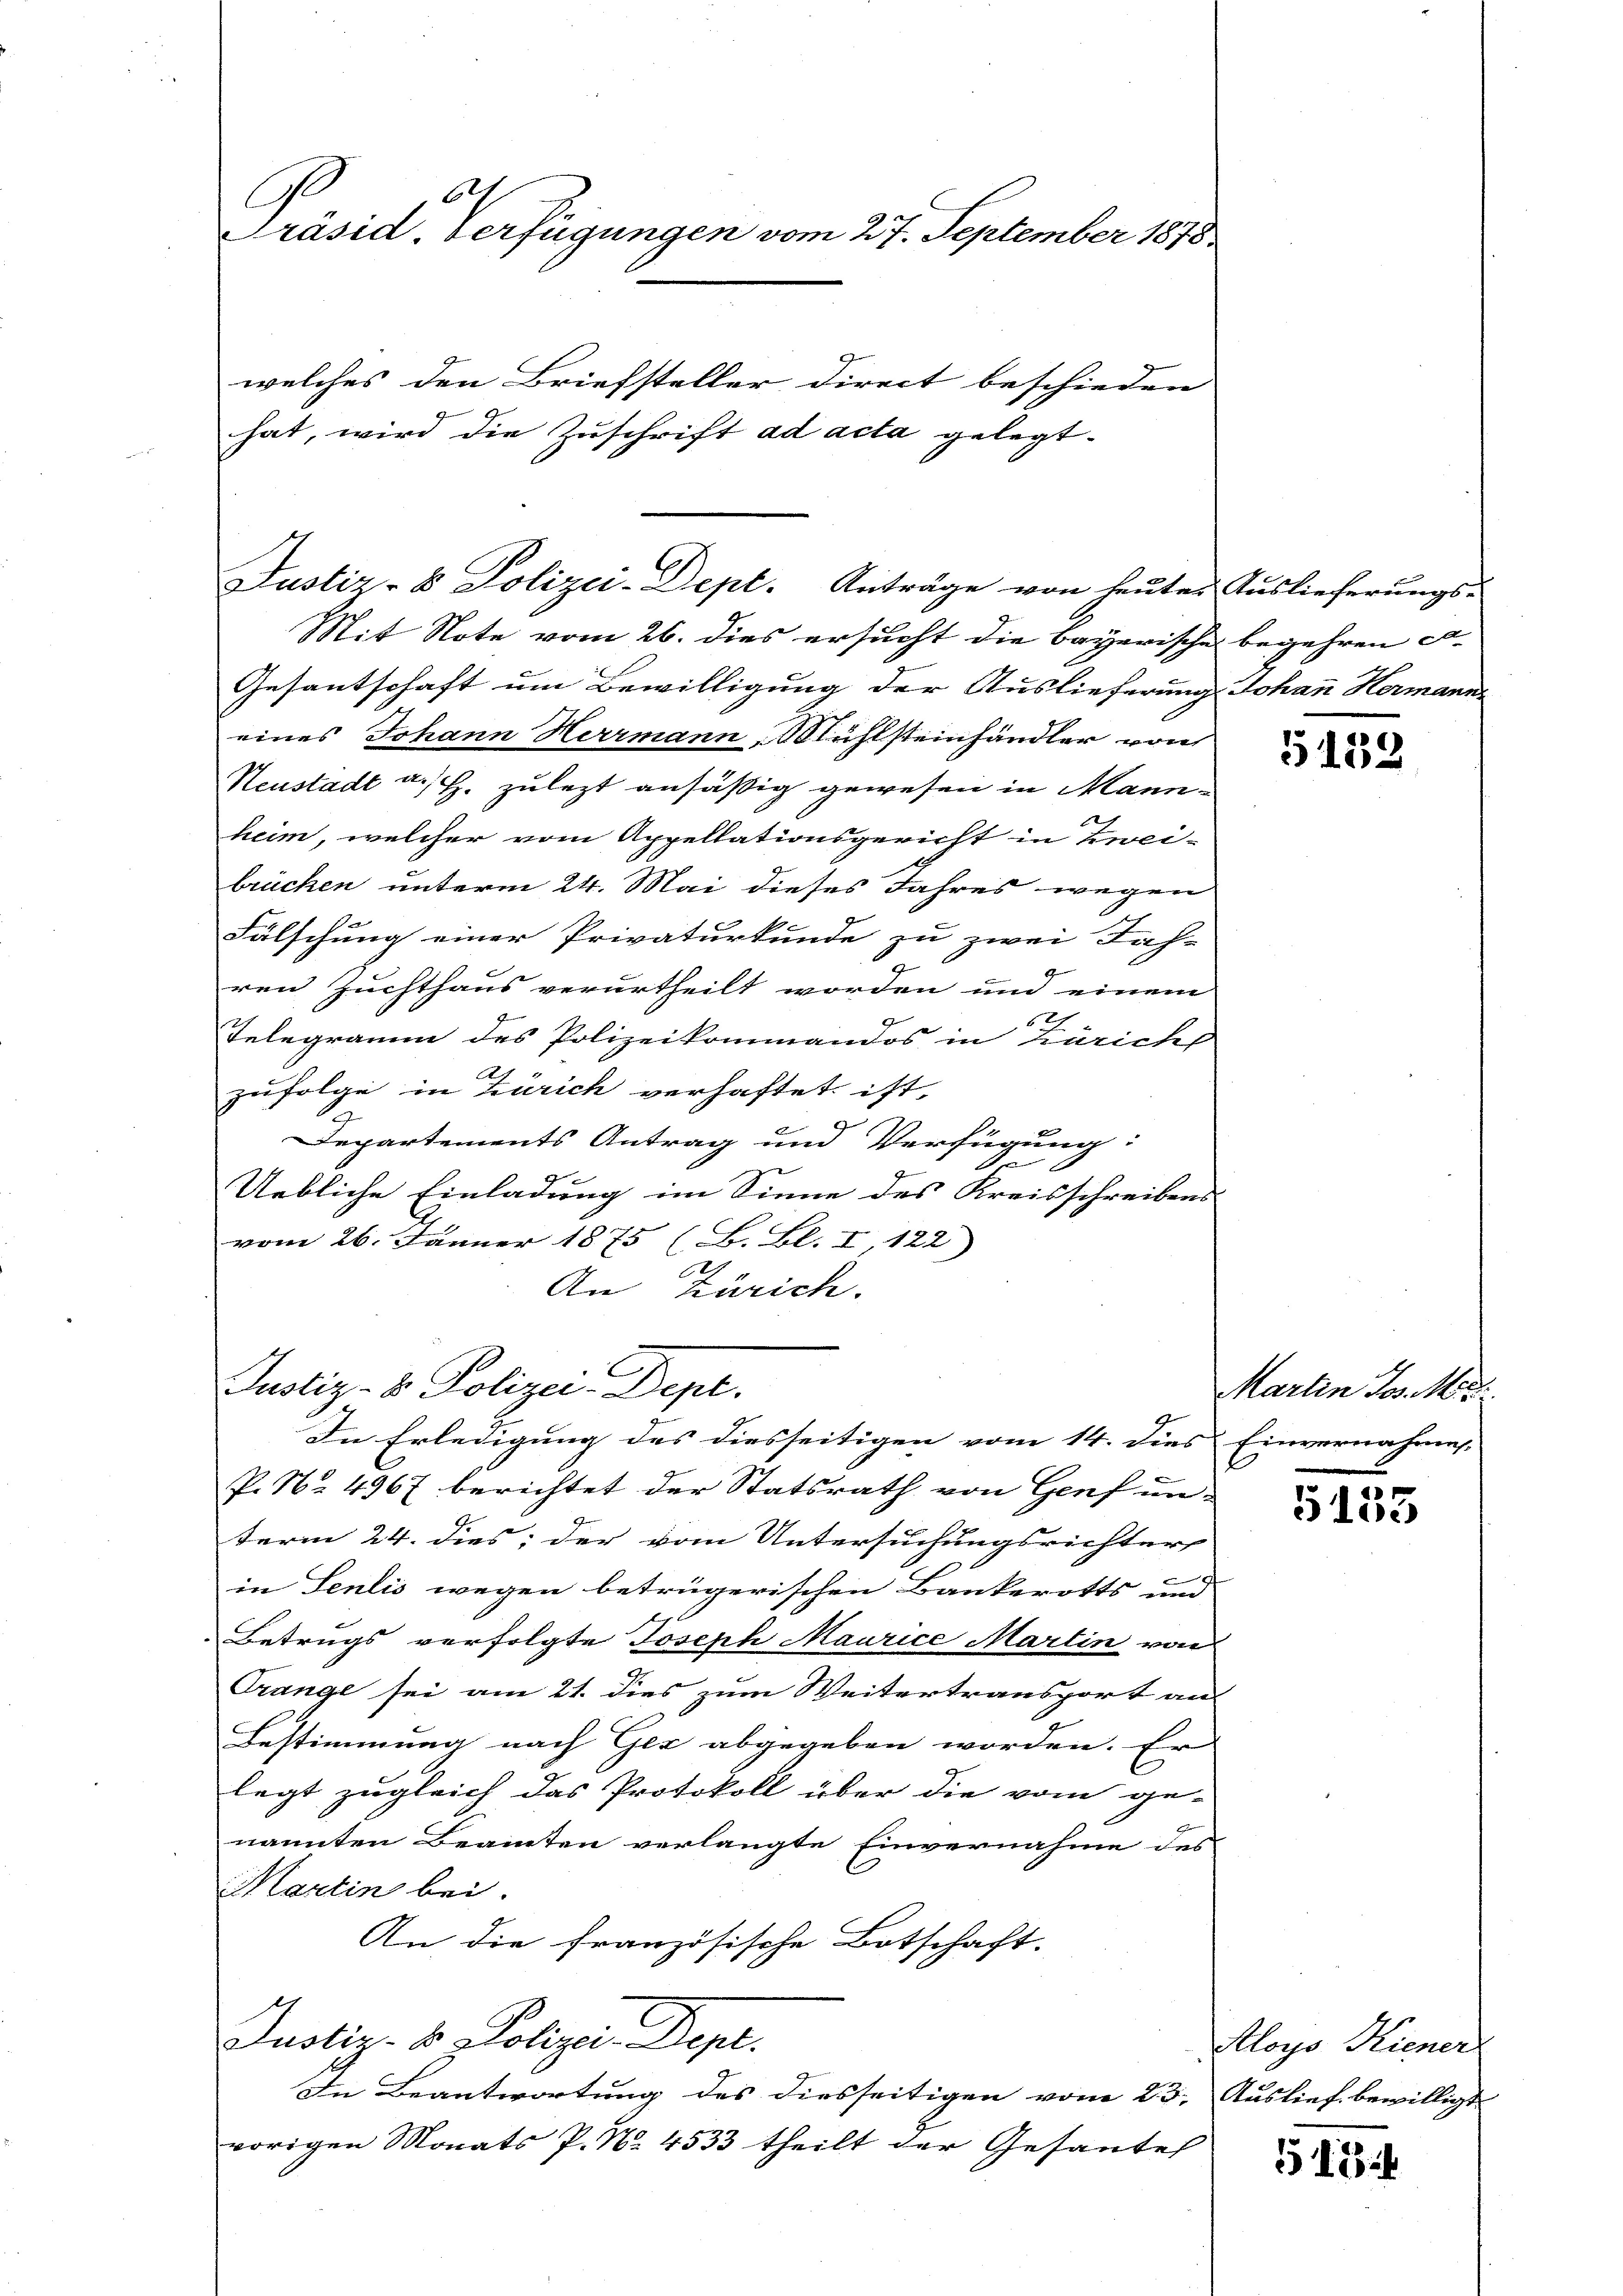
ah
C
Präsid. Verfügungen vom 27. September 1878

welches den Briefsteller direct beschieden
hat, wird die Zuschrift ad acta gelegt.

Justiz- & Polizei-Dept. Anträge von heutes Auslieferungs-

Mit Note vom 26. dies ersucht die bayerische begehren ca.
Gesantschaft um Bewilligung der Auslieferung Johann Hermann
eines Johann Herrmann Mühlsteinhändler von
Neustadt a. H. zulezt ansäßig gewesen in Mannheim, welcher vom Appellationsgericht in Zwei-
brüchen unterm 24. Mai dieses Jahres wegen
Fälschung einer Privaturkunde zu zwei Jah-
1
ren Zuchthaus verurtheilt worden und einem
62
Telegramm des Polizeikommandos in Zürich
zufolge in Zürich verhaftet, ist
.
Departements Antrag und Verfügung:
E
2
g
x
Uebliche Einladung im Sinne des Kreisschreibens
vom 26. Jänner 1875 (B. Bl. I, 122)
0
An Zürich.
In Erledigung des diesseitigen vom 14. dies Einvernahmes. |
P. Nr. 4967 berichtet der Statsrath von Genf un-
term 24. dies; der vom Untersuchungsrichter
in Sentis wegen betrügerischen Bankerotts und
Betrugs verfolgte Joseph Maurice Martin von
Orange sei am 21. dies zum Weitertransport an
Bestimmung nach Gez abgegeben worden. Er
legt zugleich das Protokoll über die vom ge-
nannten Beamten verlangte Einvernahme des
Martin bei.
An die französische Botschaft.
Justiz- & Polizei Dept.
In Beantwortung des diesseitigen vom 23. Auslief bewilligt
vorigen Monats P. Nr. 4533 theilt der Gesantes

C
Justiz- & Polizei-Dept.

5103

Martin Jos. Mes
.

G135

Aloys Hiener

518